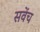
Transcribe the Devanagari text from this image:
सवेंच